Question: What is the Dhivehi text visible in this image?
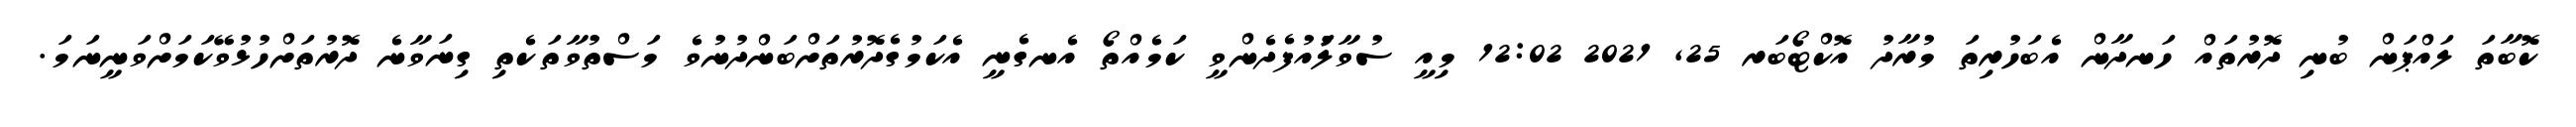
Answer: ކޮބާތަ ލައްޕަން ބުނި ދޮރުތައް ހަނދާން އެބަހުރިތަ މުރާދު އޮކްޓޯބަރ 25, 2021 12:02 މިއީ ސުވާލުަުއުފެދެންވީ ކަމެއްތޯ އެނގެނީ އެކަމުގެދޮރުތަށްބަންދުނުވެ މަސްތުވާތަކެތި ގިނަވާނެ ދޮރުތަށްހުޅުވޭކަމަށްވަނީނަމަ.